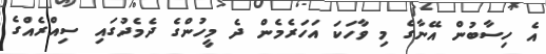
އެ ހިސާބުން އޭނާގެ މި ވާހަކަ އަހަރެމެން ދެ މީހުންގެ ދެމެދުގައި ސިއްރެއްގެ